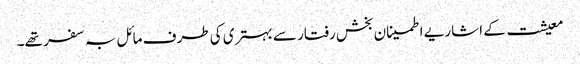
معیشت کے اشاریے اطمینان بخش رفتار سے بہتری کی طرف مائل بہ سفر تھے۔